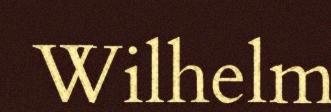
Wilhelm